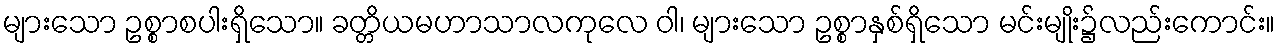
များသော ဥစ္စာစပါးရှိသော။ ခတ္တိယမဟာသာလကုလေ ဝါ၊ များသော ဥစ္စာနှစ်ရှိသော မင်းမျိုး၌လည်းကောင်း။